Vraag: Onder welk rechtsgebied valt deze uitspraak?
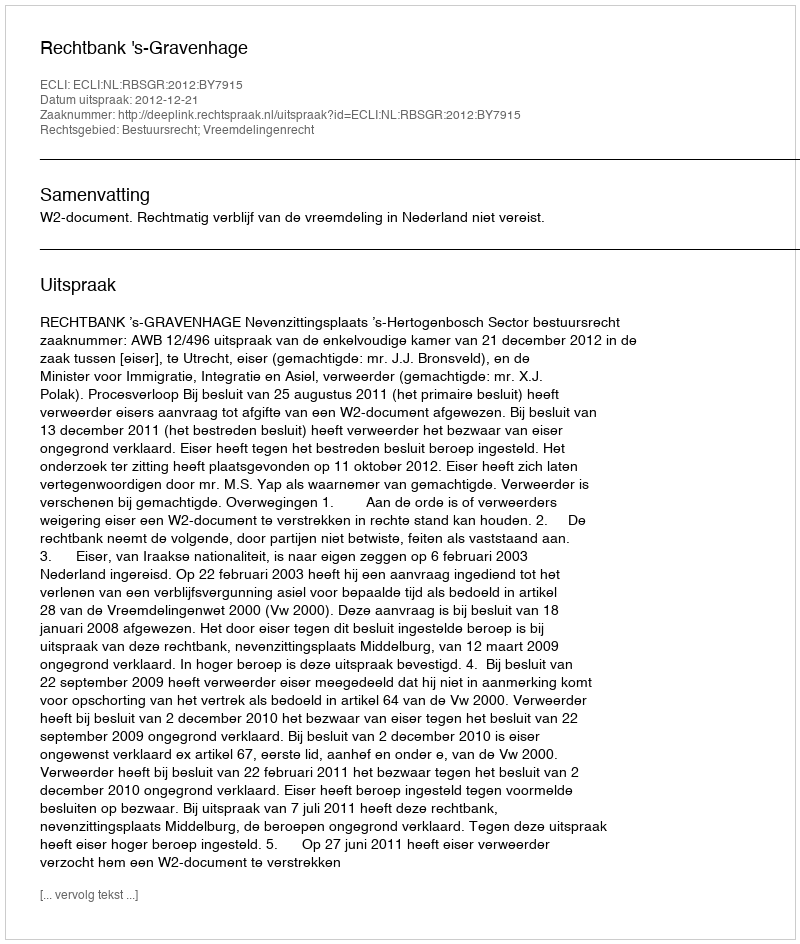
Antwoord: Bestuursrecht; Vreemdelingenrecht